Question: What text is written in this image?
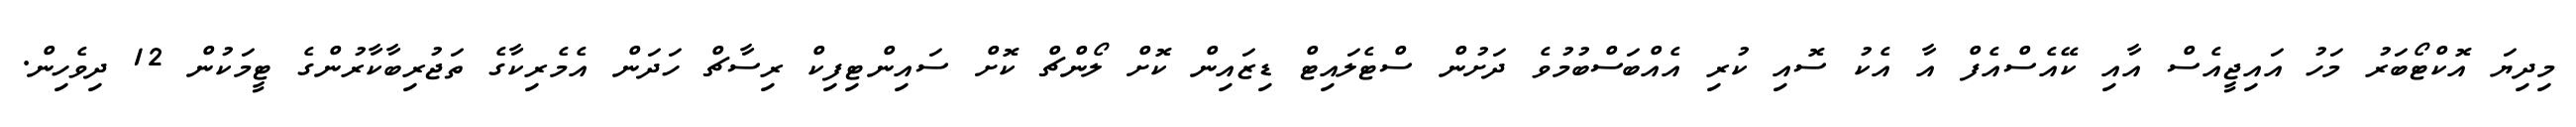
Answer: މިދިޔަ އޮކްޓޯބަރު މަހު އައިޖީއެސް އާއި ކޭއެސްއެފް އާ އެކު ސޮއި ކުރި އެއްބަސްބުމުވެ ދަށުން ސްޓެލައިޓް ޑިޒައިން ކޮށް ލޯންޗް ކޮށް ސައިންޓިފިކް ރިސާޗް ހަދަން އެމެރިކާގެ ތަޖުރިބާކާރުންގެ ޓީމަކުން 12 ދިވެހިން.